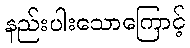
နည်းပါးသောကြောင့်